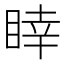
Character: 䁄